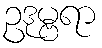
ဥဒုမ္ဗရာ